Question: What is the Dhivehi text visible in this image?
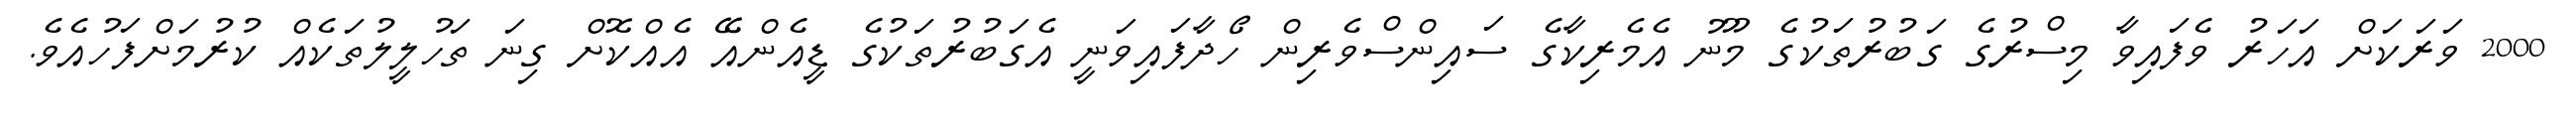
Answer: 2000 ވަރަކަށް އަހަރު ވެފައިވާ މިސްރުގެ ގަބުރުތަކުގެ މޫނު އެމެރިކާގެ ސައިންސްވެރިން ހޯދާފައިވަނީ އެގަބުރުތަކުގެ ޑީއެންއޭ އެއްކޮށް ގިނަ ތަހުލީލުތަކެއް ކުރުމަށްފަހުއެވެ.